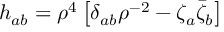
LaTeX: h _ { a b } = \rho ^ { 4 } \left[ \delta _ { a b } \rho ^ { - 2 } - \zeta _ { a } \bar { \zeta } _ { b } \right]